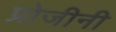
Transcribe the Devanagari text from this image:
प्रोजीनी